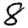
Digit: 8